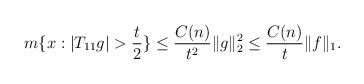
LaTeX: \begin{align*}m\{x: |T_{11}g|>\frac t2\}\le \frac{C(n)}{t^2}\|g\|_2^2\le \frac{C(n)}{t}\|f\|_1.\end{align*}